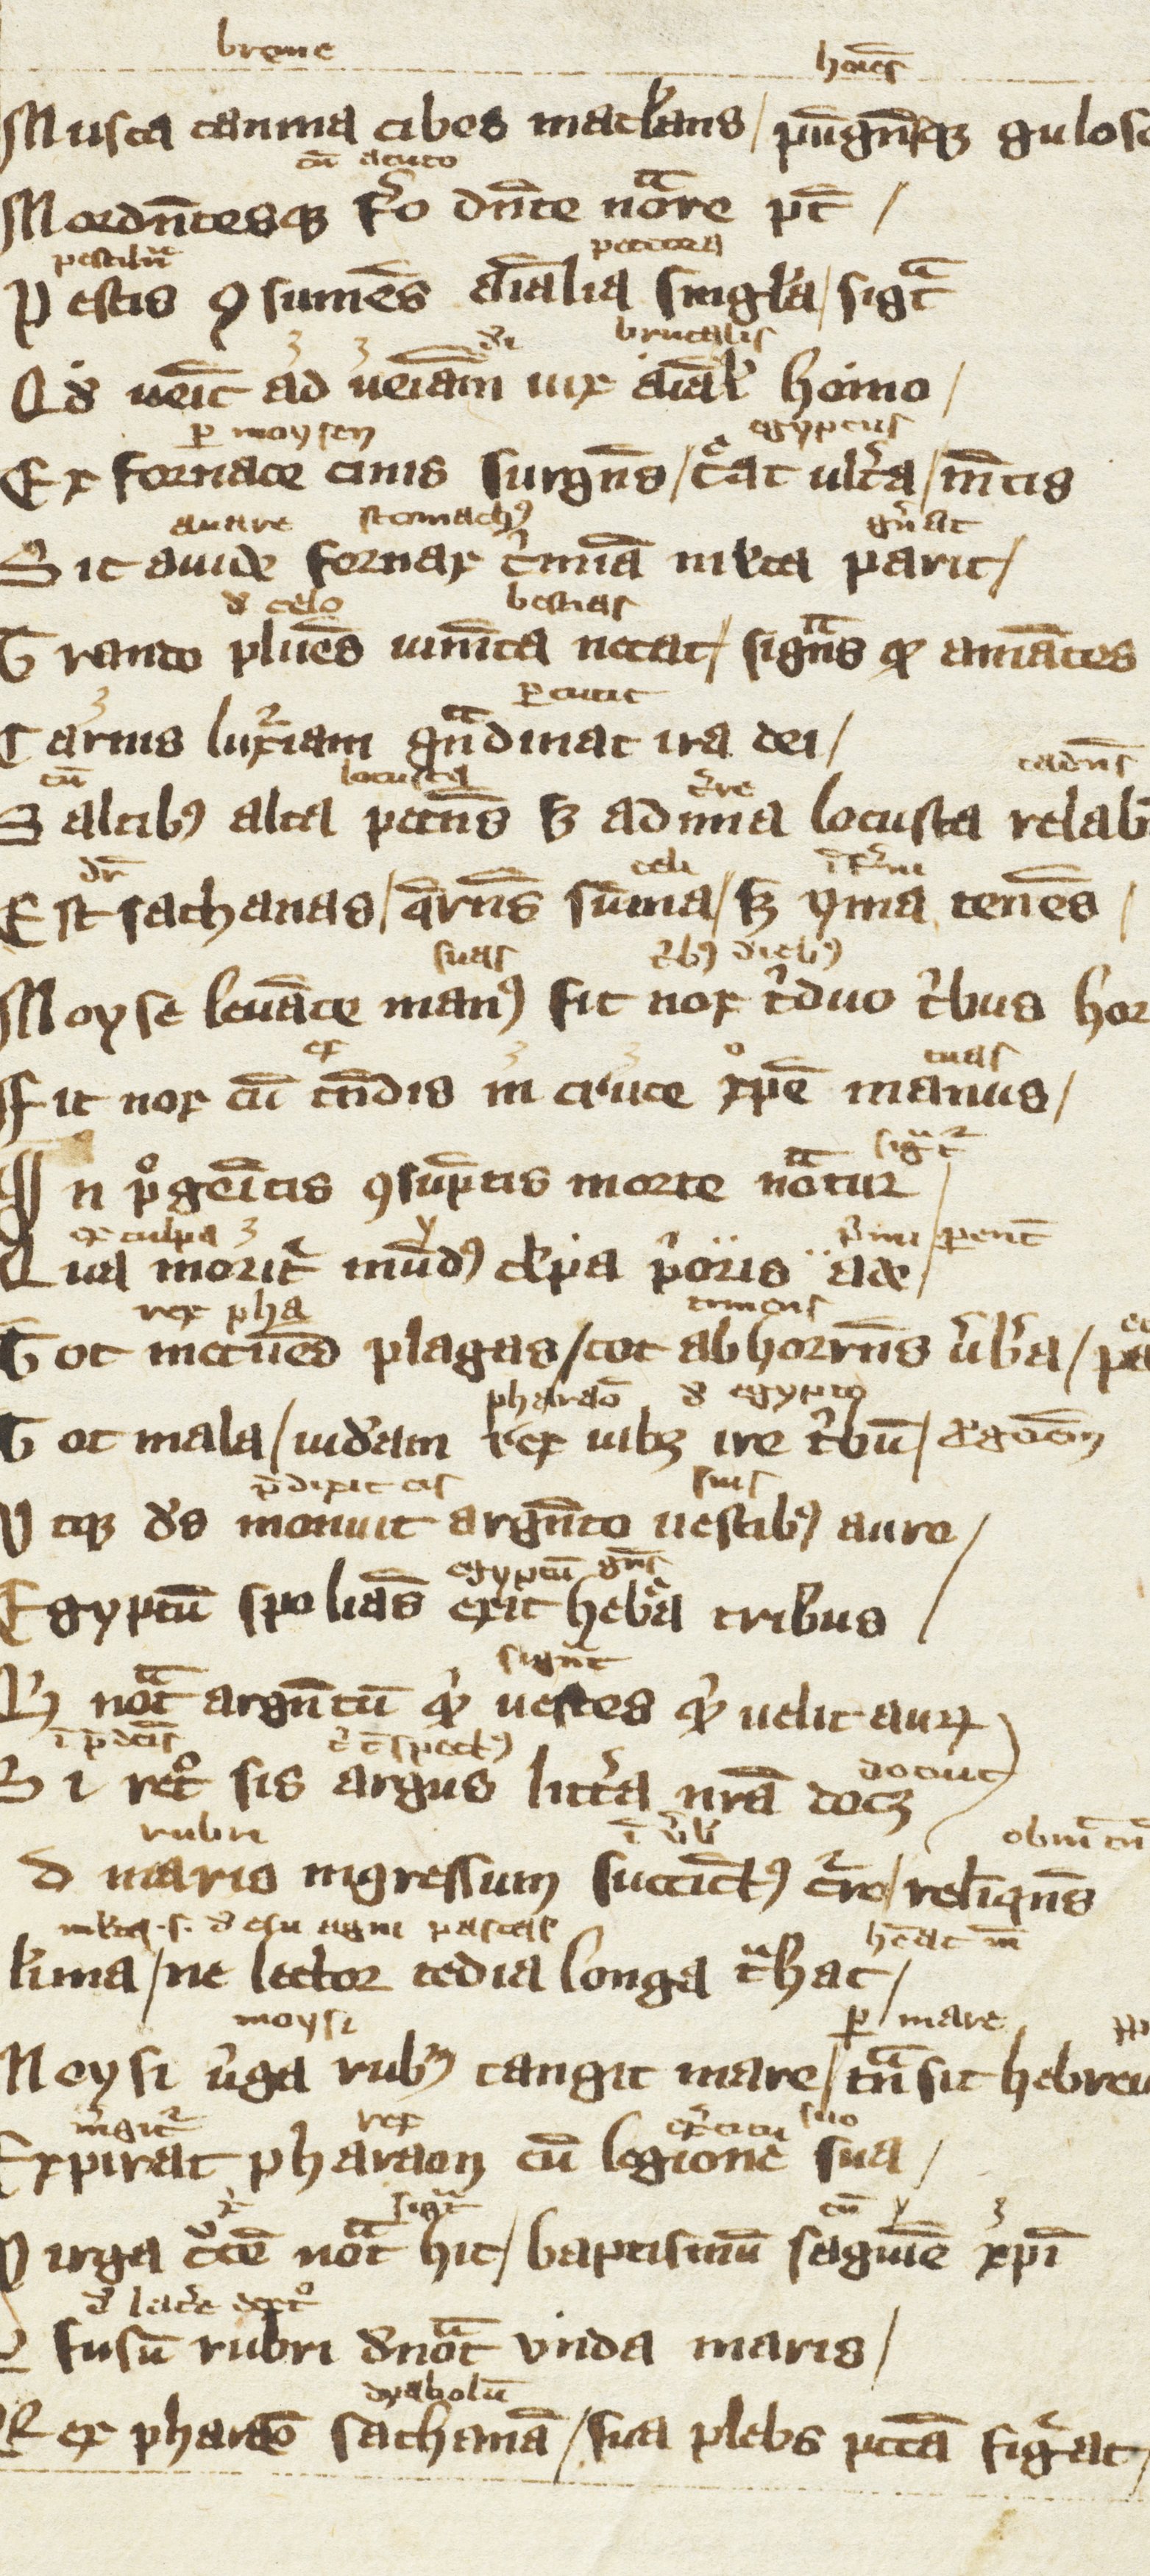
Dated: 1300–1399